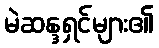
မဲဆန္ဒရှင်များ၏